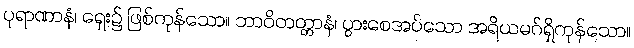
ပုရာဏာနံ၊ ရှေး၌ ဖြစ်ကုန်သော။ ဘာဝိတတ္တာနံ၊ ပွားစေအပ်သော အရိယမဂ်ရှိကုန်သော။